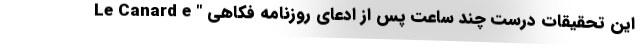
این تحقیقات درست چند ساعت پس از ادعای روزنامه فکاهی " Le Canard e